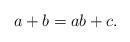
LaTeX: \begin{align*} a+b=ab+c. \end{align*}